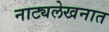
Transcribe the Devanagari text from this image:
नाट्यलेखनात